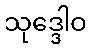
သုဒ္ဒေါဝ